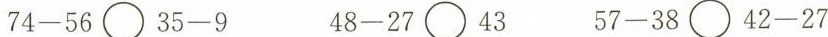
$$7 4 - 5 6 \circ 3 5 - 9$$ $$4 8 - 2 7 \circ 4 3$$ $$5 7 - 3 8 \circ 4 2 - 2 7$$